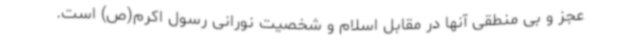
عجز و بی منطقی آنها در مقابل اسلام و شخصیت نورانی رسول اکرم(ص) است.